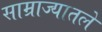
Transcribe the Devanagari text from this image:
साम्राज्यातले